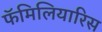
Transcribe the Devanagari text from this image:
फॅमिलियारिस